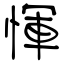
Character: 惲